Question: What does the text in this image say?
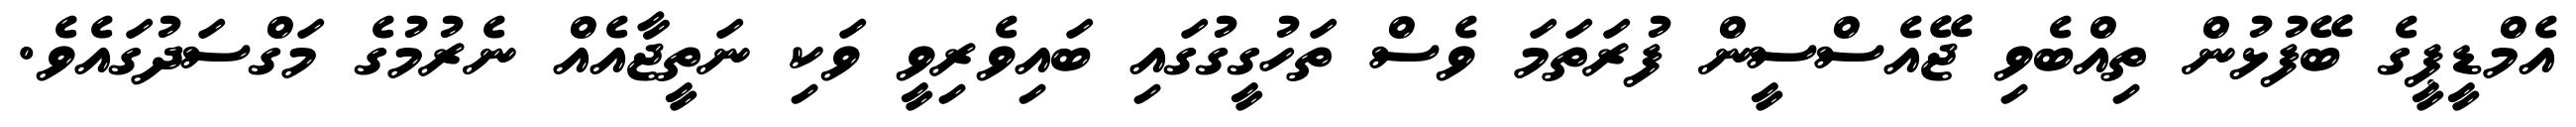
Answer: އެމްޑީޕީގެ ބޭފުޅުން ތިއްބެވި ޖޭއެސްސީން ފުރަތަމަ ވެސް ތަހުގީގުގައި ބައިވެރިވީ ވަކި ނަތީޖާއެއް ނެރުމުގެ މަގްސަދުގައެވެ.